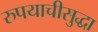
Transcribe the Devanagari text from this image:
रुपयाचीसुद्धा